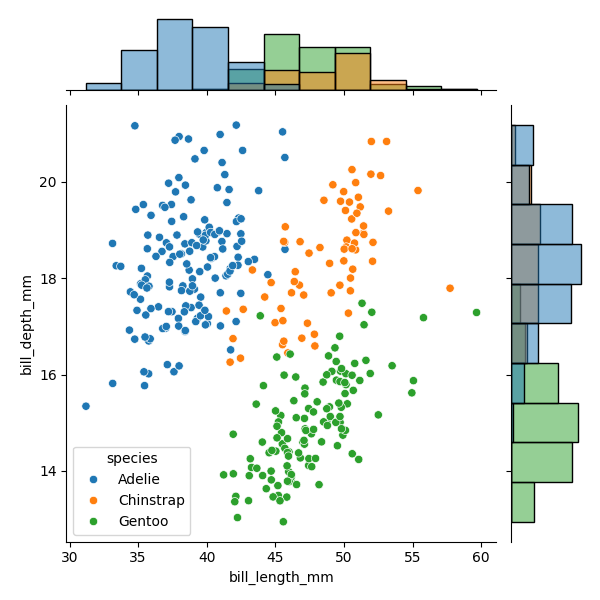
python, seaborn, JointGrid, scatterplot, histplot, hue